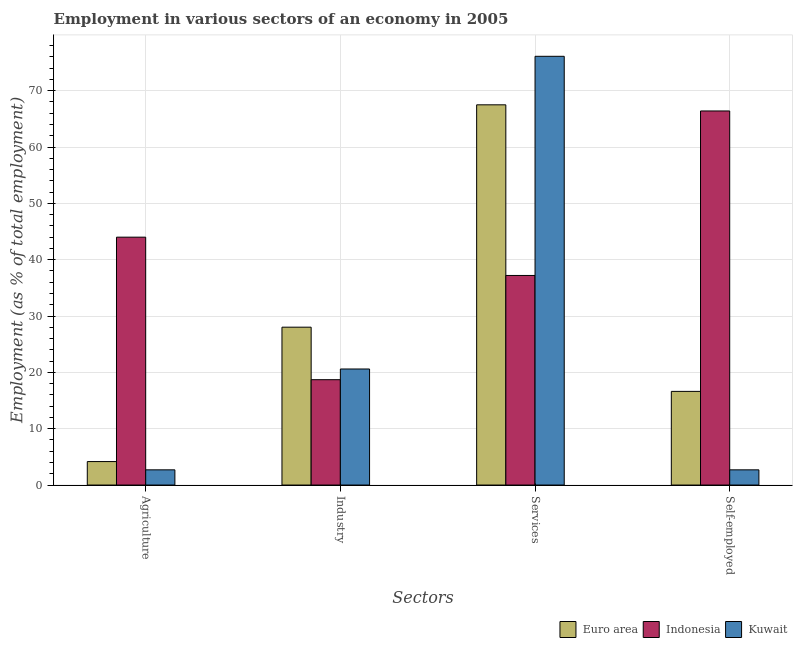
| Sectors | Euro area | Indonesia | Kuwait |
 | --- | --- | --- | --- |
 | Agriculture | 4.17 | 44 | 2.7 |
 | Industry | 28 | 18.7 | 20.6 |
 | Services | 67.5 | 37.2 | 76.1 |
 | Self-employed | 16.6 | 66.4 | 2.7 |